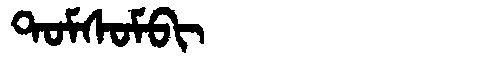
Manchu: ᡨᠣᠮᠰᠣᠮᠪᡳ
Romanization: TOMSOMBI